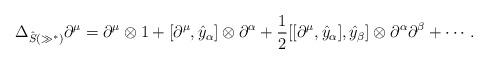
LaTeX: \begin{gather*} \Delta_{\hat{S}(\gg^*)} \partial^\mu = \partial^\mu\otimes 1 +[\partial^\mu,\hat{y}_\alpha]\otimes \partial^\alpha + \frac{1}{2}[[\partial^\mu,\hat{y}_\alpha],\hat{y}_\beta]\otimes \partial^\alpha\partial^\beta + \cdots.\end{gather*}